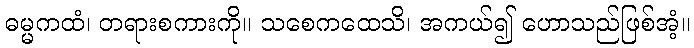
ဓမ္မကထံ၊ တရားစကားကို။ သစေကထေသိ၊ အကယ်၍ ဟောသည်ဖြစ်အံ့။